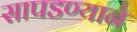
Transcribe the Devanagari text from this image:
सापडण्याने